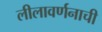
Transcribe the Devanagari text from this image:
लीलावर्णनाची